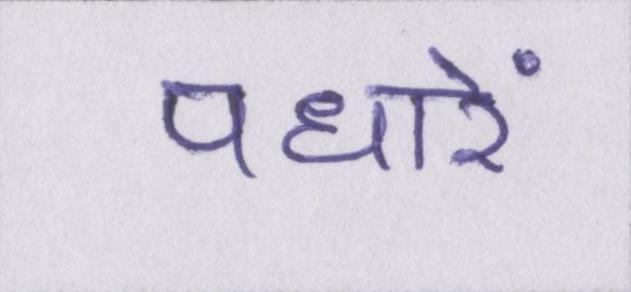
पधारें